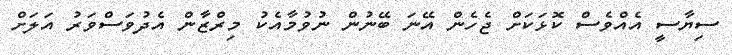
ސިޔާސީ އެއްވެސް ކޮޅަކަށް ޖެހެން އޭނަ ބޭނުން ނުވުމާއެކު މިރްޒާން އެދުވަސްވަރު އަލަށް